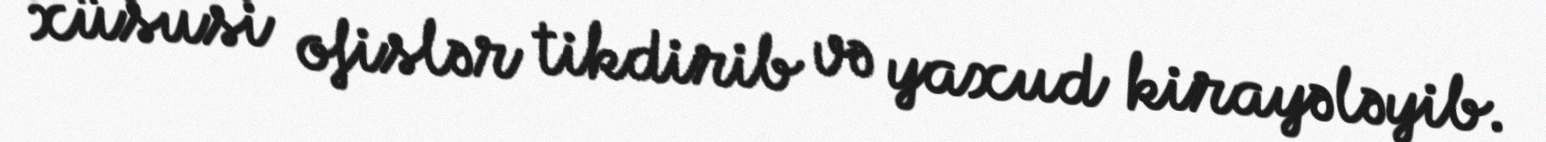
xüsusi ofislər tikdirib və yaxud kirayələyib.